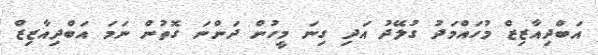
އަބްދިއާޒިޒް މުހައްމަދު ގުލޭދު އަދި ގިނަ މީހުން ދަންނަ ގޮތުން ނަމަ އަބްދިއާޒިޒް